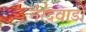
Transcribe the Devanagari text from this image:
नेरदवाडी